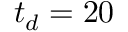
t _ { d } = 2 0